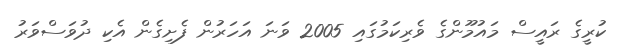
ކުރީގެ ރައީސް މައުމޫންގެ ވެރިކަމުގައި 2005 ވަނަ އަހަރުން ފެށިގެން އެކި ދުވަސްވަރު